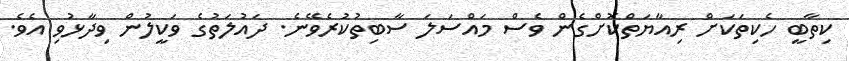
ކިތާބީ ހެކިތަކަށް ރިއާޔަތްކޮށްގެން ވެސް މައްސަލަ ސާބިތުކުރެވޭނެ. ދައުލަތުގެ ވަކީލުން ވިދާޅުވި އެވެ.